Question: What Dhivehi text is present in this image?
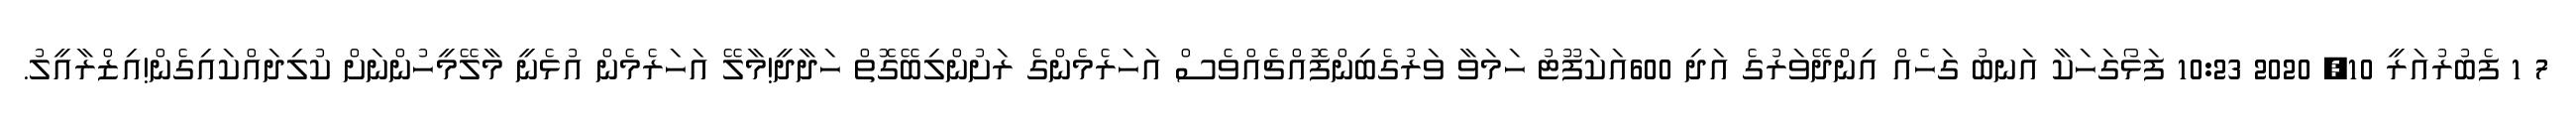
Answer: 7 1 ފެބުރުއަރީ 10, 2020 10:23 ފަޅޯގަހަކާ އަނބު ގަހެއް އިންދޭވަރުގެ އަދި 600އަކަފޫޓު ހަމަވާ ވަރުގެބިންފޮއްޗެއްވެސް އަހަރެމެންގެ ރަށުންލިބޭގޮތް ހަދާދީ!މާލޭ އަހަރެމެން އުޅެނީ މާލޭމީހުންނަށް ކުލިދައްކައިގެން!އިޒްރާއީލު.